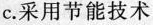
C.采用节能技术